Calcutta medical institutions reports 1879-81 [i.e.91]
Year: 1879
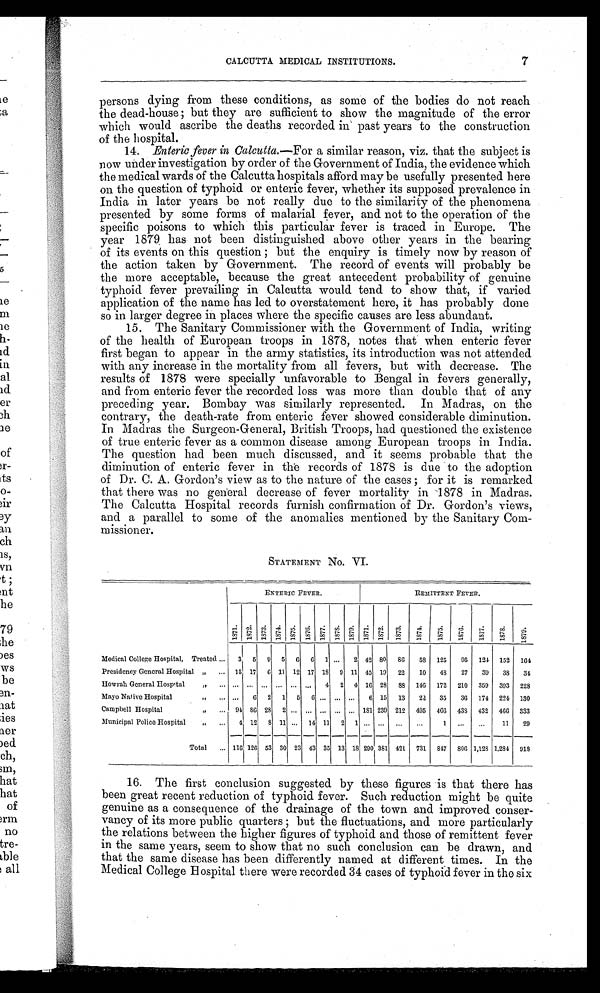
CALCUTTA MEDICAL INSTITUTIONS.
7
persons dying from these conditions, as some of the bodies do not reach
the dead-house; but they are sufficient to show the magnitude of the error
which would ascribe the deaths recorded in past years to the construction
of the hospital.
14. Enteric fever in Calcutta.—For a similar reason, viz. that the subject is
now under investigation by order of the Government of India, the evidence which
the medical wards of the Calcutta hospitals afford may be usefully presented here
on the question of typhoid or enteric fever, whether its supposed prevalence in
India in later years be not really due to the similarity of the phenomena
presented by some forms of malarial fever, and not to the operation of the
specific poisons to which this particular fever is traced in Europe. The
year 1879 has not been distinguished above other years in the bearing
of its events on this question; but the enquiry is timely now by reason of
the action taken by Government. The record of events will probably be
the more acceptable, because the great antecedent probability of genuine
typhoid fever prevailing in Calcutta would tend to show that, if varied
application of the name has led to overstatement here, it has probably done
so in larger degree in places where the specific causes are less abundant.
15. The Sanitary Commissioner with the Government of India, writing
of the health of European troops in 1878, notes that when enteric fever
first began to appear in the army statistics, its introduction was not attended
with any increase in the mortality from all fevers, but with decrease. The
results of 1878 were specially unfavorable to Bengal in fevers generally,
and from enteric fever the recorded loss was more than double that of any
preceding year. Bombay was similarly represented. In Madras, on the
contrary, the death-rate from enteric fever showed considerable diminution.
In Madras the Surgeon-General, British Troops, had questioned the existence
of true enteric fever as a common disease among European troops in India.
The question had been much discussed, and it seems probable that the
diminution of enteric fever in the records of 1878 is due to the adoption
of Dr. C. A. Gordon's view as to the nature of the cases; for it is remarked
that there was no general decrease of fever mortality in 1878 in Madras.
The Calcutta Hospital records furnish confirmation of Dr. Gordon's views,
and a parallel to some of the anomalies mentioned by the Sanitary Com-
missioner.
STATEMENT NO. VI.
ENTERIC FEVER.
REMITTENT FEVER.
1871. 1872. 1873. 1874. 1875. 1876. 1877. 1878. 1879. 1871. 1872. 1873.
1874.
1875.
1876.
1877.
1878.
1879.
Medical College Hospital, Treated ...
3
5 9 5 6 6 1 ...
2 42 80 86
58 125
95 124 152 164
Presidency General Hospital „
... 15 17
6 11 12 17 18 9 11 45 19 22
10
48
27
39
38
34
Howrah General Hospital
,,
... ... ... ... ... ... ... 4 2 4 16 28 88 146 172 210 359 393 228
Mayo Native Hospital
,,
... ...
6 2 1 5 6 ... ... ...
6 15 13
22 35
36 174 224 130
Campbell Hospital
„
... 94
8 6 28 2 ... ... ... ... ...
1 8 1 239 212 495 466 438 432 466 333
Municipal Police Hospital
,, . . . 4 12 8 11 ... 14 11 2 1 ... ...
...
...
1 ...
...
11
29
Total
...
1 1 6 126 53 30 23 43 35 13 18 290 381 421 731 847 806 1,128 1,284 918
16. The first conclusion suggested by these figures is that there has
been great recent reduction of typhoid fever. Such reduction might be quite
genuine as a consequence of the drainage of the town and improved conser-
vancy of its more public quarters; but the fluctuations, and more particularly
the relations between the higher figures of typhoid and those of remittent fever
in the same years, seem to show that no such conclusion can be drawn, and
that the same disease has been differently named at different times. In the
Medical College H ospital there were recorded 34 cases of typhoid fever in the six